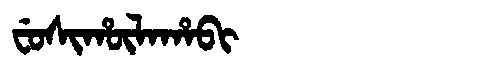
Manchu: ᠸᡠᠰᡳᡥᡡᠯᠠᡥᠠᠪᡳ
Romanization: FUSIHŪLAHABI